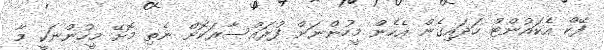
ފޭކް އެކައުންޓް ހަދައިގެން އެހެން މީހުންނަށް ފުރައްސާރަކޮށް ނެތި މޮށޭ މީހުންނަކީ މާ